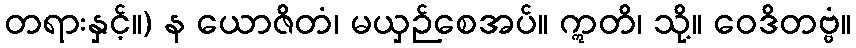
တရားနှင့်။) န ယောဇိတံ၊ မယှဉ်စေအပ်။ ဣတိ၊ သို့။ ဝေဒိတဗ္ဗံ။